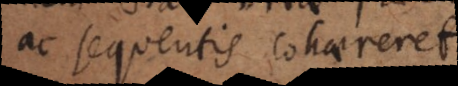
ac sequentis cohaereret,